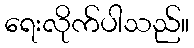
ရေးလိုက်ပါသည်။